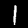
Digit: 1